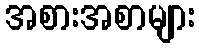
အစားအစာများ